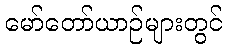
မော်တော်ယာဉ်များတွင်